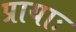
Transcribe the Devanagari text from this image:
प्रायाः